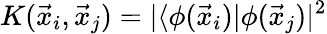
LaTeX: K(\vec{x}_{i},\vec{x}_{j})=\vert\langle\phi(\vec{x}_{i})\vert\phi(\vec{x}_{j})\vert^{2}